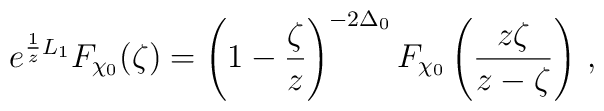
e^{{1\over z}L_1}F_{\chi_0}(\zeta)=\left(1-{\zeta\over z}\right)^{-2\Delta_0}F_{\chi_0}\left({z\zeta\over{z-\zeta}}\right)\,,